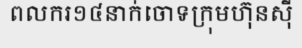
ពលករ១៤នាក់ចោទក្រុមហ៊ុនស៊ី